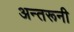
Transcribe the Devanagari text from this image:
अन्तरूनी